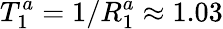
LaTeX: T_{1}^{a}=1/R_{1}^{a}\approx 1.03